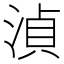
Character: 湞